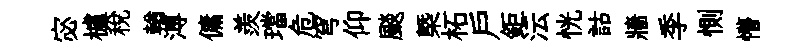
宓櫨税輶溥傭羨璫危穹仰颷㮣柘戸鉅沄恍詁牆季惻懵